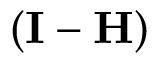
( \mathbf { I } - \mathbf { H } )